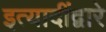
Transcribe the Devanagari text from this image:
इत्यादींद्वारे